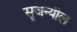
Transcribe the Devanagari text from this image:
सृजन्यील